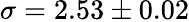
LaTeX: \sigma=2.53\pm 0.02